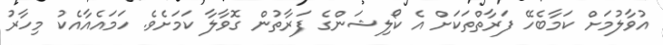
އުވާލުމަށް ކަމާބެހޭ ފަރާތްތަކަށް އެ ކޯލިޝަންގެ ފަރާތުން ގޮވާލާ ކަމަށެވެ. ހަމައެއާއެކު މިހާރު